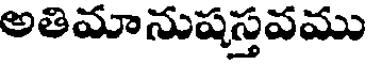
అతిమానుషస్తవము